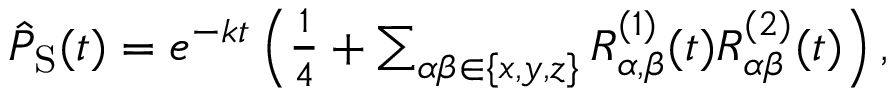
\begin{array} { r } { \hat { P } _ { \mathrm { S } } ( t ) = e ^ { - k t } \left( \frac { 1 } { 4 } + \sum _ { \alpha \beta \in \{ x , y , z \} } R _ { \alpha , \beta } ^ { ( 1 ) } ( t ) R _ { \alpha \beta } ^ { ( 2 ) } ( t ) \right) , } \end{array}